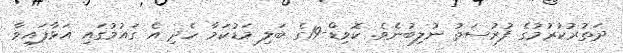
ދަތުރުކުރުމުގެ ފުރުސަތު ނުލިބުނެވެ. ކޮވިޑް-19ގެ ބަލި މަޑުކަމާ ހެދި އެ ގައުމުގައި އަޅާފައިވާ